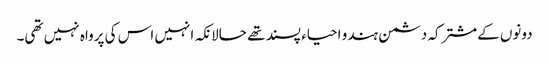
دونوں کےمشترکہ دشمن ہندو احیاء پسند تھے حالانکہ انہیں اس کی پرواہ نہیں تھی۔